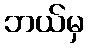
ဘယ်မှ